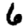
Digit: 6